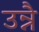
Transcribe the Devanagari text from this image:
उन्नै